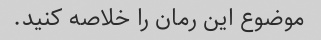
موضوع این رمان را خلاصه کنید.